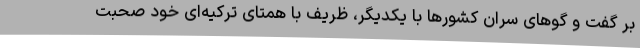
بر گفت و گوهای سران کشورها با یکدیگر، ظریف با همتای ترکیه‌ای خود صحبت